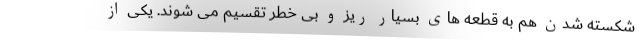
شکسته شدن هم به قطعه های بسیار ریز و بی خطر تقسیم می شوند. یکی از